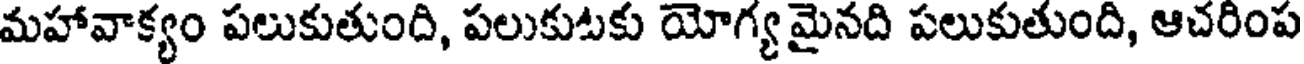
మహావాక్యం పలుకుతుంది, పలుకుటకు యోగ్యమైనది పలుకుతుంది, ఆచరింప